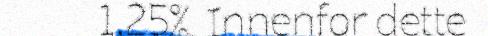
1,25%. Innenfor dette